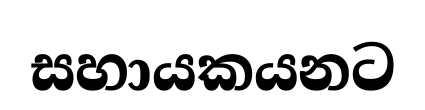
සහායකයනට